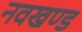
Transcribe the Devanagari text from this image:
नवखण्ड